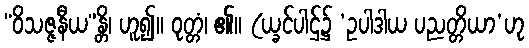
“ဝိသဇ္ဇနီယ”န္တိ၊ ဟူ၍။ ဝုတ္တံ၊ ၏။ (ယ္ခင်ပါဌ်၌ ‘ဥပါဒါယ ပညတ္တိယာ’ဟု